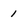
Character: 1